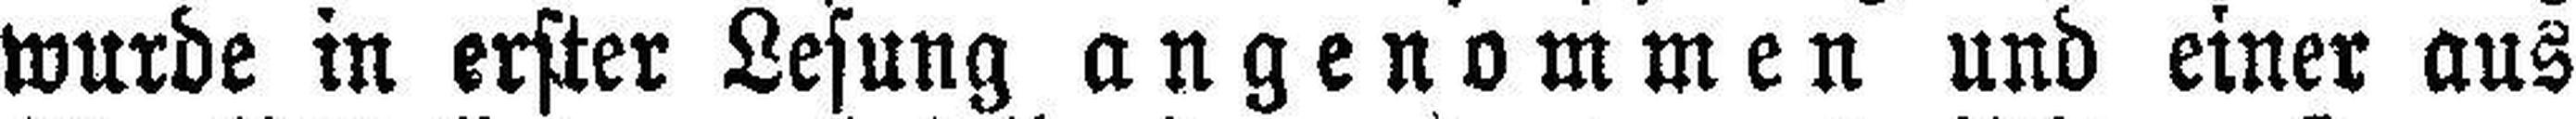
wurde in erster Lesung angenommen und einer aus